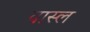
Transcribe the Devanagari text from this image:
वास्ल